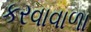
કરવાવાળા